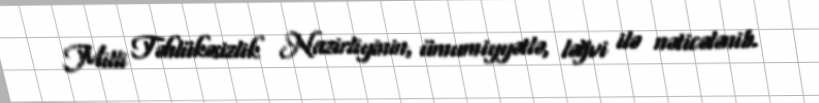
Milli Təhlükəsizlik Nazirliyinin, ümumiyyətlə, ləğvi ilə nəticələnib.